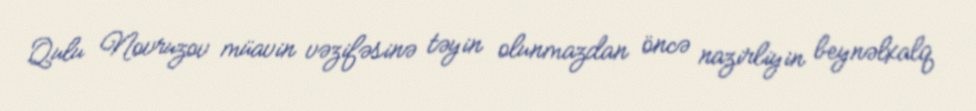
Qulu Novruzov müavin vəzifəsinə təyin olunmazdan öncə nazirliyin beynəlxalq